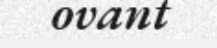
ovant